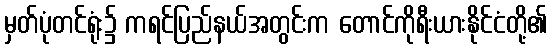
မှတ်ပုံတင်ရုံး၌ ကရင်ပြည်နယ်အတွင်းက တောင်ကိုရီးယားနိုင်ငံတို့၏